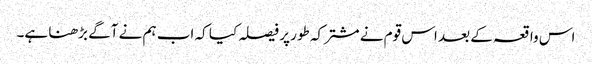
اس واقعہ کے بعد اس قوم نے مشترکہ طور پر فیصلہ کیا کہ اب ہم نے آگے بڑھنا ہے۔